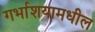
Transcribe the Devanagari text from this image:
गर्भाशयामधील